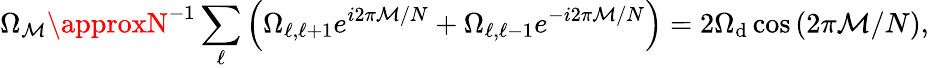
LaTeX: \Omega_{\mathcal{M}}\approxN^{-1}\sum_{\ell}\left(\Omega_{\ell,\ell+1}e^{i2\pi\mathcal{M}/N}+\Omega_{\ell,\ell-1}e^{-i2\pi\mathcal{M}/N}\right)=2\Omega_{\mathrm{d}}\cos\left(2\pi\mathcal{M}/N\right),